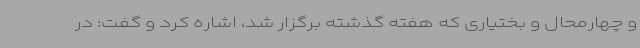
و چهارمحال و بختیاری که هفته گذشته برگزار شد، اشاره کرد و گفت: در